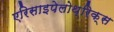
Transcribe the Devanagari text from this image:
एरिसाइपेलोथ्रिक्स